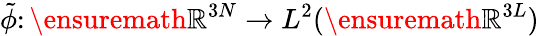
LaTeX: \tilde{\phi}\colon\ensuremath{\mathbb{R}}^{3N}\to L^{2}(\ensuremath{\mathbb{R}}^{3L})